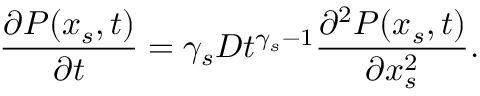
\frac { \partial P ( x _ { s } , t ) } { \partial t } = \gamma _ { s } D t ^ { \gamma _ { s } - 1 } \frac { \partial ^ { 2 } P ( x _ { s } , t ) } { \partial x _ { s } ^ { 2 } } .